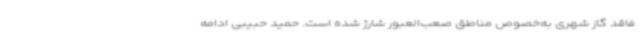
فاقد گاز شهری به‌خصوص مناطق صعب‌العبور شارژ شده است. حمید حبیبی ادامه